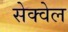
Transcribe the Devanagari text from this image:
सेक्वेल